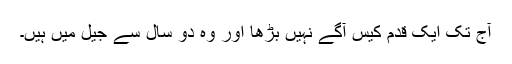
آج تک ایک قدم کیس آگے نہیں بڑھا اور وہ دو سال سے جیل میں ہیں۔